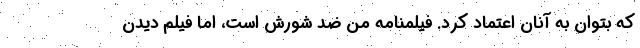
که بتوان به آنان اعتماد کرد. فیلمنامه من ضد شورش است، اما فیلم دیدن